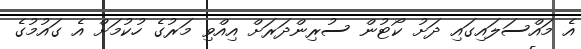
އެ މައްސަލައިގައި ދަށު ކޯޓުން ސުރިންދަރަށް އިއްވި މަރުގެ ހުކުމަށް އެ ގައުމުގެ